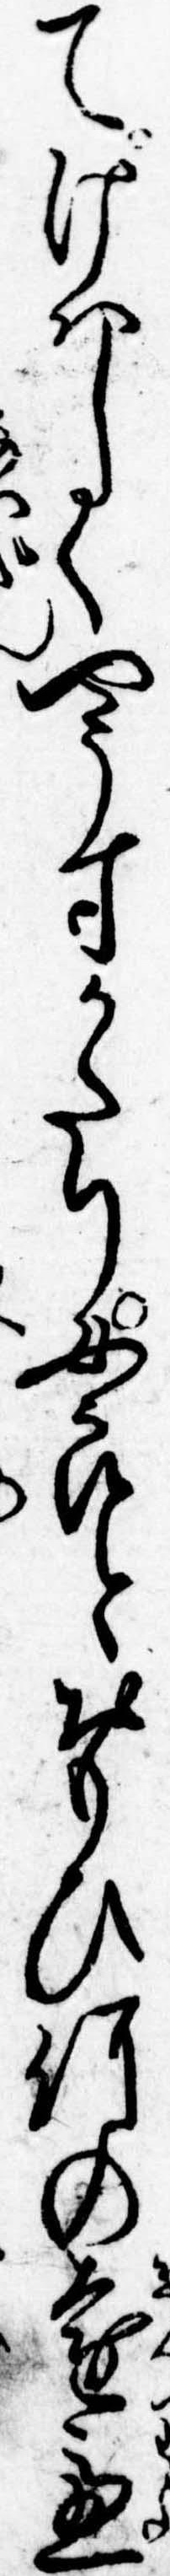
てけはしくやうすかたり女郎とおもひ何の遠慮